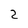
Character: 2